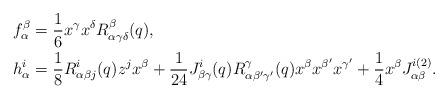
LaTeX: \begin{align*}f^\beta_\alpha &= \frac{1}{6} x^\gamma x^\delta R_{\alpha\gamma\delta}^{\beta}(q), \\h^i_\alpha &= \frac{1}{8} R_{\alpha\beta j}^{i}(q) z^j x^\beta + \frac{1}{24} J_{\beta\gamma}^i(q) R_{\alpha \beta^\prime \gamma^\prime}^\gamma (q) x^\beta x^{\beta^\prime} x^{\gamma^\prime} + \frac{1}{4} x^\beta J_{\alpha\beta}^{i(2)}. \\\end{align*}